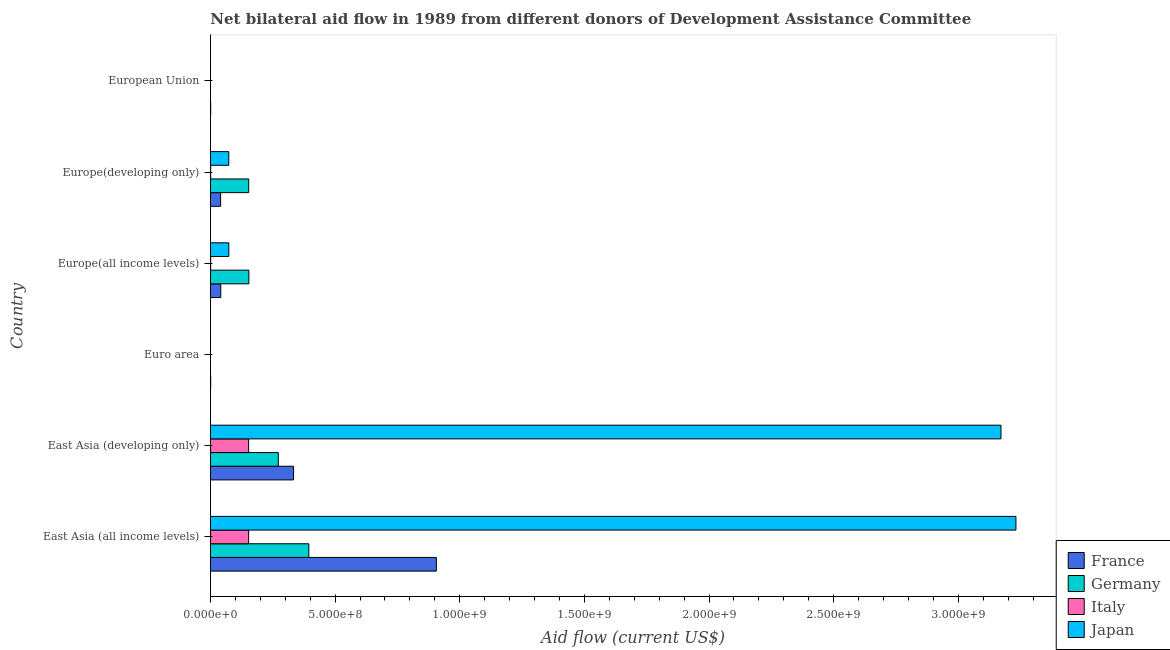
| Country | France | Germany | Italy | Japan |
 | --- | --- | --- | --- | --- |
 | East Asia (all income levels) | 9.06e+08 | 3.95e+08 | 1.53e+08 | 3.23e+09 |
 | East Asia (developing only) | 3.33e+08 | 2.72e+08 | 1.53e+08 | 3.17e+09 |
 | Euro area | 8.6e+05 | -2e+04 | -3.38e+06 | 1.7e+05 |
 | Europe(all income levels) | 4.13e+07 | 1.54e+08 | 8e+05 | 7.36e+07 |
 | Europe(developing only) | 4.07e+07 | 1.53e+08 | 7.9e+05 | 7.34e+07 |
 | European Union | 8.6e+05 | -2e+04 | -3.38e+06 | 1.7e+05 |